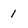
Character: 1